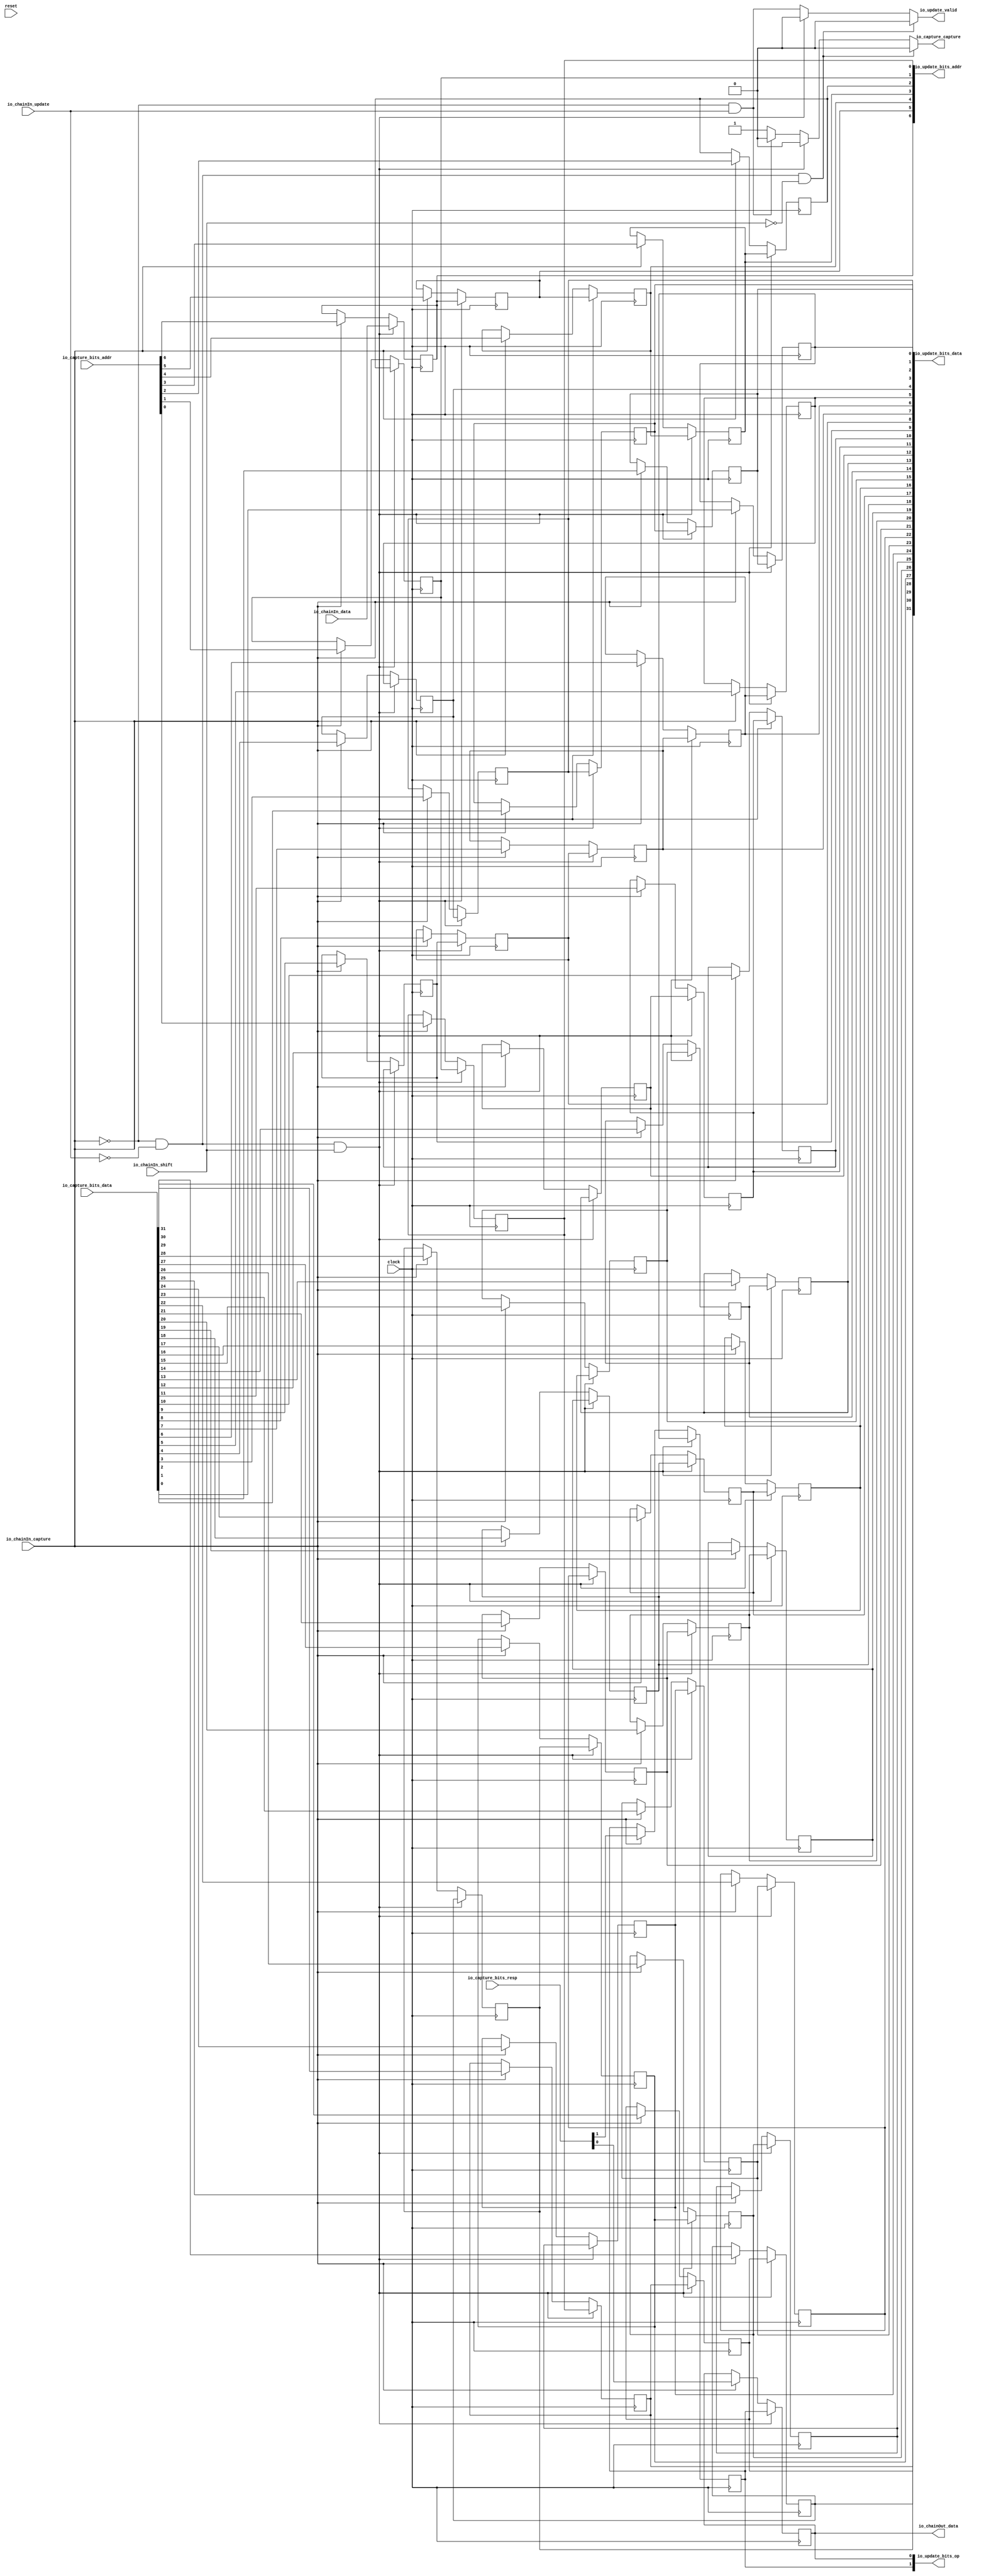
// Copyright (c) 2017, Microsemi Corporation
// All rights reserved.
//
// Redistribution and use in source and binary forms, with or without
// modification, are permitted provided that the following conditions are met:
//     * Redistributions of source code must retain the above copyright
//       notice, this list of conditions and the following disclaimer.
//     * Redistributions in binary form must reproduce the above copyright
//       notice, this list of conditions and the following disclaimer in the
//       documentation and/or other materials provided with the distribution.
//     * Neither the name of the <organization> nor the
//       names of its contributors may be used to endorse or promote products
//       derived from this software without specific prior written permission.
//
// THIS SOFTWARE IS PROVIDED BY THE COPYRIGHT HOLDERS AND CONTRIBUTORS "AS IS" AND
// ANY EXPRESS OR IMPLIED WARRANTIES, INCLUDING, BUT NOT LIMITED TO, THE IMPLIED
// WARRANTIES OF MERCHANTABILITY AND FITNESS FOR A PARTICULAR PURPOSE ARE
// DISCLAIMED. IN NO EVENT SHALL MICROSEMI CORPORATIONM BE LIABLE FOR ANY
// DIRECT, INDIRECT, INCIDENTAL, SPECIAL, EXEMPLARY, OR CONSEQUENTIAL DAMAGES
// (INCLUDING, BUT NOT LIMITED TO, PROCUREMENT OF SUBSTITUTE GOODS OR SERVICES;
// LOSS OF USE, DATA, OR PROFITS; OR BUSINESS INTERRUPTION) HOWEVER CAUSED AND
// ON ANY THEORY OF LIABILITY, WHETHER IN CONTRACT, STRICT LIABILITY, OR TORT
// (INCLUDING NEGLIGENCE OR OTHERWISE) ARISING IN ANY WAY OUT OF THE USE OF THIS
// SOFTWARE, EVEN IF ADVISED OF THE POSSIBILITY OF SUCH DAMAGE.
//
// APACHE LICENSE
// Copyright (c) 2017, Microsemi Corporation 
//
// Licensed under the Apache License, Version 2.0 (the "License");
// you may not use this file except in compliance with the License.
// You may obtain a copy of the License at
//
//    http://www.apache.org/licenses/LICENSE-2.0
//
// Unless required by applicable law or agreed to in writing, software
// distributed under the License is distributed on an "AS IS" BASIS,
// WITHOUT WARRANTIES OR CONDITIONS OF ANY KIND, either express or implied.
// See the License for the specific language governing permissions and
// limitations under the License.
//
// Description:
//
// SVN Revision Information:
// SVN $Revision: $
// SVN $Date: $
//
// Resolved SARs
// SAR      Date     Who   Description
//
// Notes:
//
// ****************************************************************************/
`define RANDOMIZE
`timescale 1ns/10ps
module PROC_SUBSYSTEM_MIV_RV32IMA_L1_AHB_0_MIV_RV32IMA_L1_AHB_CAPTURE_UPDATE_CHAIN_1(
  input         clock,
  input         reset,
  input         io_chainIn_shift,
  input         io_chainIn_data,
  input         io_chainIn_capture,
  input         io_chainIn_update,
  output        io_chainOut_data,
  input  [6:0]  io_capture_bits_addr,
  input  [31:0] io_capture_bits_data,
  input  [1:0]  io_capture_bits_resp,
  output        io_capture_capture,
  output        io_update_valid,
  output [6:0]  io_update_bits_addr,
  output [31:0] io_update_bits_data,
  output [1:0]  io_update_bits_op
);
  reg  regs_0;
  reg [31:0] _RAND_0;
  reg  regs_1;
  reg [31:0] _RAND_1;
  reg  regs_2;
  reg [31:0] _RAND_2;
  reg  regs_3;
  reg [31:0] _RAND_3;
  reg  regs_4;
  reg [31:0] _RAND_4;
  reg  regs_5;
  reg [31:0] _RAND_5;
  reg  regs_6;
  reg [31:0] _RAND_6;
  reg  regs_7;
  reg [31:0] _RAND_7;
  reg  regs_8;
  reg [31:0] _RAND_8;
  reg  regs_9;
  reg [31:0] _RAND_9;
  reg  regs_10;
  reg [31:0] _RAND_10;
  reg  regs_11;
  reg [31:0] _RAND_11;
  reg  regs_12;
  reg [31:0] _RAND_12;
  reg  regs_13;
  reg [31:0] _RAND_13;
  reg  regs_14;
  reg [31:0] _RAND_14;
  reg  regs_15;
  reg [31:0] _RAND_15;
  reg  regs_16;
  reg [31:0] _RAND_16;
  reg  regs_17;
  reg [31:0] _RAND_17;
  reg  regs_18;
  reg [31:0] _RAND_18;
  reg  regs_19;
  reg [31:0] _RAND_19;
  reg  regs_20;
  reg [31:0] _RAND_20;
  reg  regs_21;
  reg [31:0] _RAND_21;
  reg  regs_22;
  reg [31:0] _RAND_22;
  reg  regs_23;
  reg [31:0] _RAND_23;
  reg  regs_24;
  reg [31:0] _RAND_24;
  reg  regs_25;
  reg [31:0] _RAND_25;
  reg  regs_26;
  reg [31:0] _RAND_26;
  reg  regs_27;
  reg [31:0] _RAND_27;
  reg  regs_28;
  reg [31:0] _RAND_28;
  reg  regs_29;
  reg [31:0] _RAND_29;
  reg  regs_30;
  reg [31:0] _RAND_30;
  reg  regs_31;
  reg [31:0] _RAND_31;
  reg  regs_32;
  reg [31:0] _RAND_32;
  reg  regs_33;
  reg [31:0] _RAND_33;
  reg  regs_34;
  reg [31:0] _RAND_34;
  reg  regs_35;
  reg [31:0] _RAND_35;
  reg  regs_36;
  reg [31:0] _RAND_36;
  reg  regs_37;
  reg [31:0] _RAND_37;
  reg  regs_38;
  reg [31:0] _RAND_38;
  reg  regs_39;
  reg [31:0] _RAND_39;
  reg  regs_40;
  reg [31:0] _RAND_40;
  wire [1:0] _T_48;
  wire [1:0] _T_49;
  wire [2:0] _T_50;
  wire [4:0] _T_51;
  wire [1:0] _T_52;
  wire [1:0] _T_53;
  wire [2:0] _T_54;
  wire [4:0] _T_55;
  wire [9:0] _T_56;
  wire [1:0] _T_57;
  wire [1:0] _T_58;
  wire [2:0] _T_59;
  wire [4:0] _T_60;
  wire [1:0] _T_61;
  wire [1:0] _T_62;
  wire [2:0] _T_63;
  wire [4:0] _T_64;
  wire [9:0] _T_65;
  wire [19:0] _T_66;
  wire [1:0] _T_67;
  wire [1:0] _T_68;
  wire [2:0] _T_69;
  wire [4:0] _T_70;
  wire [1:0] _T_71;
  wire [1:0] _T_72;
  wire [2:0] _T_73;
  wire [4:0] _T_74;
  wire [9:0] _T_75;
  wire [1:0] _T_76;
  wire [1:0] _T_77;
  wire [2:0] _T_78;
  wire [4:0] _T_79;
  wire [1:0] _T_80;
  wire [2:0] _T_81;
  wire [1:0] _T_82;
  wire [2:0] _T_83;
  wire [5:0] _T_84;
  wire [10:0] _T_85;
  wire [20:0] _T_86;
  wire [40:0] _T_87;
  wire [1:0] _T_92;
  wire [31:0] _T_93;
  wire [6:0] _T_94;
  wire [38:0] _T_95;
  wire [40:0] captureBits;
  wire  _T_96;
  wire  _T_97;
  wire  _T_98;
  wire  _T_99;
  wire  _T_100;
  wire  _T_101;
  wire  _T_102;
  wire  _T_103;
  wire  _T_104;
  wire  _T_105;
  wire  _T_106;
  wire  _T_107;
  wire  _T_108;
  wire  _T_109;
  wire  _T_110;
  wire  _T_111;
  wire  _T_112;
  wire  _T_113;
  wire  _T_114;
  wire  _T_115;
  wire  _T_116;
  wire  _T_117;
  wire  _T_118;
  wire  _T_119;
  wire  _T_120;
  wire  _T_121;
  wire  _T_122;
  wire  _T_123;
  wire  _T_124;
  wire  _T_125;
  wire  _T_126;
  wire  _T_127;
  wire  _T_128;
  wire  _T_129;
  wire  _T_130;
  wire  _T_131;
  wire  _T_132;
  wire  _T_133;
  wire  _T_134;
  wire  _T_135;
  wire  _T_136;
  wire  _GEN_0;
  wire  _GEN_1;
  wire  _GEN_2;
  wire  _GEN_3;
  wire  _GEN_4;
  wire  _GEN_5;
  wire  _GEN_6;
  wire  _GEN_7;
  wire  _GEN_8;
  wire  _GEN_9;
  wire  _GEN_10;
  wire  _GEN_11;
  wire  _GEN_12;
  wire  _GEN_13;
  wire  _GEN_14;
  wire  _GEN_15;
  wire  _GEN_16;
  wire  _GEN_17;
  wire  _GEN_18;
  wire  _GEN_19;
  wire  _GEN_20;
  wire  _GEN_21;
  wire  _GEN_22;
  wire  _GEN_23;
  wire  _GEN_24;
  wire  _GEN_25;
  wire  _GEN_26;
  wire  _GEN_27;
  wire  _GEN_28;
  wire  _GEN_29;
  wire  _GEN_30;
  wire  _GEN_31;
  wire  _GEN_32;
  wire  _GEN_33;
  wire  _GEN_34;
  wire  _GEN_35;
  wire  _GEN_36;
  wire  _GEN_37;
  wire  _GEN_38;
  wire  _GEN_39;
  wire  _GEN_40;
  wire  _T_140;
  wire  _T_141;
  wire  _GEN_43;
  wire  _T_147;
  wire  _T_148;
  wire  _T_149;
  wire  _GEN_45;
  wire  _GEN_46;
  wire  _GEN_47;
  wire  _GEN_48;
  wire  _GEN_49;
  wire  _GEN_50;
  wire  _GEN_51;
  wire  _GEN_52;
  wire  _GEN_53;
  wire  _GEN_54;
  wire  _GEN_55;
  wire  _GEN_56;
  wire  _GEN_57;
  wire  _GEN_58;
  wire  _GEN_59;
  wire  _GEN_60;
  wire  _GEN_61;
  wire  _GEN_62;
  wire  _GEN_63;
  wire  _GEN_64;
  wire  _GEN_65;
  wire  _GEN_66;
  wire  _GEN_67;
  wire  _GEN_68;
  wire  _GEN_69;
  wire  _GEN_70;
  wire  _GEN_71;
  wire  _GEN_72;
  wire  _GEN_73;
  wire  _GEN_74;
  wire  _GEN_75;
  wire  _GEN_76;
  wire  _GEN_77;
  wire  _GEN_78;
  wire  _GEN_79;
  wire  _GEN_80;
  wire  _GEN_81;
  wire  _GEN_82;
  wire  _GEN_83;
  wire  _GEN_84;
  wire  _GEN_85;
  wire  _GEN_86;
  wire  _GEN_87;
  wire  _T_158;
  wire  _T_159;
  wire  _GEN_88;
  wire  _GEN_89;
  wire  _T_162;
  wire  _T_164;
  wire  _T_165;
  wire  _T_167;
  wire  _T_168;
  wire  _T_169;
  wire  _T_171;
  wire  _T_172;
  wire  _T_173;
  wire  _T_175;
  assign io_chainOut_data = regs_0;
  assign io_capture_capture = _GEN_88;
  assign io_update_valid = _GEN_89;
  assign io_update_bits_addr = _T_94;
  assign io_update_bits_data = _T_93;
  assign io_update_bits_op = _T_92;
  assign _T_48 = {regs_1,regs_0};
  assign _T_49 = {regs_4,regs_3};
  assign _T_50 = {_T_49,regs_2};
  assign _T_51 = {_T_50,_T_48};
  assign _T_52 = {regs_6,regs_5};
  assign _T_53 = {regs_9,regs_8};
  assign _T_54 = {_T_53,regs_7};
  assign _T_55 = {_T_54,_T_52};
  assign _T_56 = {_T_55,_T_51};
  assign _T_57 = {regs_11,regs_10};
  assign _T_58 = {regs_14,regs_13};
  assign _T_59 = {_T_58,regs_12};
  assign _T_60 = {_T_59,_T_57};
  assign _T_61 = {regs_16,regs_15};
  assign _T_62 = {regs_19,regs_18};
  assign _T_63 = {_T_62,regs_17};
  assign _T_64 = {_T_63,_T_61};
  assign _T_65 = {_T_64,_T_60};
  assign _T_66 = {_T_65,_T_56};
  assign _T_67 = {regs_21,regs_20};
  assign _T_68 = {regs_24,regs_23};
  assign _T_69 = {_T_68,regs_22};
  assign _T_70 = {_T_69,_T_67};
  assign _T_71 = {regs_26,regs_25};
  assign _T_72 = {regs_29,regs_28};
  assign _T_73 = {_T_72,regs_27};
  assign _T_74 = {_T_73,_T_71};
  assign _T_75 = {_T_74,_T_70};
  assign _T_76 = {regs_31,regs_30};
  assign _T_77 = {regs_34,regs_33};
  assign _T_78 = {_T_77,regs_32};
  assign _T_79 = {_T_78,_T_76};
  assign _T_80 = {regs_37,regs_36};
  assign _T_81 = {_T_80,regs_35};
  assign _T_82 = {regs_40,regs_39};
  assign _T_83 = {_T_82,regs_38};
  assign _T_84 = {_T_83,_T_81};
  assign _T_85 = {_T_84,_T_79};
  assign _T_86 = {_T_85,_T_75};
  assign _T_87 = {_T_86,_T_66};
  assign _T_92 = _T_87[1:0];
  assign _T_93 = _T_87[33:2];
  assign _T_94 = _T_87[40:34];
  assign _T_95 = {io_capture_bits_addr,io_capture_bits_data};
  assign captureBits = {_T_95,io_capture_bits_resp};
  assign _T_96 = captureBits[0];
  assign _T_97 = captureBits[1];
  assign _T_98 = captureBits[2];
  assign _T_99 = captureBits[3];
  assign _T_100 = captureBits[4];
  assign _T_101 = captureBits[5];
  assign _T_102 = captureBits[6];
  assign _T_103 = captureBits[7];
  assign _T_104 = captureBits[8];
  assign _T_105 = captureBits[9];
  assign _T_106 = captureBits[10];
  assign _T_107 = captureBits[11];
  assign _T_108 = captureBits[12];
  assign _T_109 = captureBits[13];
  assign _T_110 = captureBits[14];
  assign _T_111 = captureBits[15];
  assign _T_112 = captureBits[16];
  assign _T_113 = captureBits[17];
  assign _T_114 = captureBits[18];
  assign _T_115 = captureBits[19];
  assign _T_116 = captureBits[20];
  assign _T_117 = captureBits[21];
  assign _T_118 = captureBits[22];
  assign _T_119 = captureBits[23];
  assign _T_120 = captureBits[24];
  assign _T_121 = captureBits[25];
  assign _T_122 = captureBits[26];
  assign _T_123 = captureBits[27];
  assign _T_124 = captureBits[28];
  assign _T_125 = captureBits[29];
  assign _T_126 = captureBits[30];
  assign _T_127 = captureBits[31];
  assign _T_128 = captureBits[32];
  assign _T_129 = captureBits[33];
  assign _T_130 = captureBits[34];
  assign _T_131 = captureBits[35];
  assign _T_132 = captureBits[36];
  assign _T_133 = captureBits[37];
  assign _T_134 = captureBits[38];
  assign _T_135 = captureBits[39];
  assign _T_136 = captureBits[40];
  assign _GEN_0 = io_chainIn_capture ? _T_96 : regs_0;
  assign _GEN_1 = io_chainIn_capture ? _T_97 : regs_1;
  assign _GEN_2 = io_chainIn_capture ? _T_98 : regs_2;
  assign _GEN_3 = io_chainIn_capture ? _T_99 : regs_3;
  assign _GEN_4 = io_chainIn_capture ? _T_100 : regs_4;
  assign _GEN_5 = io_chainIn_capture ? _T_101 : regs_5;
  assign _GEN_6 = io_chainIn_capture ? _T_102 : regs_6;
  assign _GEN_7 = io_chainIn_capture ? _T_103 : regs_7;
  assign _GEN_8 = io_chainIn_capture ? _T_104 : regs_8;
  assign _GEN_9 = io_chainIn_capture ? _T_105 : regs_9;
  assign _GEN_10 = io_chainIn_capture ? _T_106 : regs_10;
  assign _GEN_11 = io_chainIn_capture ? _T_107 : regs_11;
  assign _GEN_12 = io_chainIn_capture ? _T_108 : regs_12;
  assign _GEN_13 = io_chainIn_capture ? _T_109 : regs_13;
  assign _GEN_14 = io_chainIn_capture ? _T_110 : regs_14;
  assign _GEN_15 = io_chainIn_capture ? _T_111 : regs_15;
  assign _GEN_16 = io_chainIn_capture ? _T_112 : regs_16;
  assign _GEN_17 = io_chainIn_capture ? _T_113 : regs_17;
  assign _GEN_18 = io_chainIn_capture ? _T_114 : regs_18;
  assign _GEN_19 = io_chainIn_capture ? _T_115 : regs_19;
  assign _GEN_20 = io_chainIn_capture ? _T_116 : regs_20;
  assign _GEN_21 = io_chainIn_capture ? _T_117 : regs_21;
  assign _GEN_22 = io_chainIn_capture ? _T_118 : regs_22;
  assign _GEN_23 = io_chainIn_capture ? _T_119 : regs_23;
  assign _GEN_24 = io_chainIn_capture ? _T_120 : regs_24;
  assign _GEN_25 = io_chainIn_capture ? _T_121 : regs_25;
  assign _GEN_26 = io_chainIn_capture ? _T_122 : regs_26;
  assign _GEN_27 = io_chainIn_capture ? _T_123 : regs_27;
  assign _GEN_28 = io_chainIn_capture ? _T_124 : regs_28;
  assign _GEN_29 = io_chainIn_capture ? _T_125 : regs_29;
  assign _GEN_30 = io_chainIn_capture ? _T_126 : regs_30;
  assign _GEN_31 = io_chainIn_capture ? _T_127 : regs_31;
  assign _GEN_32 = io_chainIn_capture ? _T_128 : regs_32;
  assign _GEN_33 = io_chainIn_capture ? _T_129 : regs_33;
  assign _GEN_34 = io_chainIn_capture ? _T_130 : regs_34;
  assign _GEN_35 = io_chainIn_capture ? _T_131 : regs_35;
  assign _GEN_36 = io_chainIn_capture ? _T_132 : regs_36;
  assign _GEN_37 = io_chainIn_capture ? _T_133 : regs_37;
  assign _GEN_38 = io_chainIn_capture ? _T_134 : regs_38;
  assign _GEN_39 = io_chainIn_capture ? _T_135 : regs_39;
  assign _GEN_40 = io_chainIn_capture ? _T_136 : regs_40;
  assign _T_140 = io_chainIn_capture == 1'h0;
  assign _T_141 = _T_140 & io_chainIn_update;
  assign _GEN_43 = _T_141 ? 1'h0 : 1'h1;
  assign _T_147 = io_chainIn_update == 1'h0;
  assign _T_148 = _T_140 & _T_147;
  assign _T_149 = _T_148 & io_chainIn_shift;
  assign _GEN_45 = _T_149 ? io_chainIn_data : _GEN_40;
  assign _GEN_46 = _T_149 ? regs_1 : _GEN_0;
  assign _GEN_47 = _T_149 ? regs_2 : _GEN_1;
  assign _GEN_48 = _T_149 ? regs_3 : _GEN_2;
  assign _GEN_49 = _T_149 ? regs_4 : _GEN_3;
  assign _GEN_50 = _T_149 ? regs_5 : _GEN_4;
  assign _GEN_51 = _T_149 ? regs_6 : _GEN_5;
  assign _GEN_52 = _T_149 ? regs_7 : _GEN_6;
  assign _GEN_53 = _T_149 ? regs_8 : _GEN_7;
  assign _GEN_54 = _T_149 ? regs_9 : _GEN_8;
  assign _GEN_55 = _T_149 ? regs_10 : _GEN_9;
  assign _GEN_56 = _T_149 ? regs_11 : _GEN_10;
  assign _GEN_57 = _T_149 ? regs_12 : _GEN_11;
  assign _GEN_58 = _T_149 ? regs_13 : _GEN_12;
  assign _GEN_59 = _T_149 ? regs_14 : _GEN_13;
  assign _GEN_60 = _T_149 ? regs_15 : _GEN_14;
  assign _GEN_61 = _T_149 ? regs_16 : _GEN_15;
  assign _GEN_62 = _T_149 ? regs_17 : _GEN_16;
  assign _GEN_63 = _T_149 ? regs_18 : _GEN_17;
  assign _GEN_64 = _T_149 ? regs_19 : _GEN_18;
  assign _GEN_65 = _T_149 ? regs_20 : _GEN_19;
  assign _GEN_66 = _T_149 ? regs_21 : _GEN_20;
  assign _GEN_67 = _T_149 ? regs_22 : _GEN_21;
  assign _GEN_68 = _T_149 ? regs_23 : _GEN_22;
  assign _GEN_69 = _T_149 ? regs_24 : _GEN_23;
  assign _GEN_70 = _T_149 ? regs_25 : _GEN_24;
  assign _GEN_71 = _T_149 ? regs_26 : _GEN_25;
  assign _GEN_72 = _T_149 ? regs_27 : _GEN_26;
  assign _GEN_73 = _T_149 ? regs_28 : _GEN_27;
  assign _GEN_74 = _T_149 ? regs_29 : _GEN_28;
  assign _GEN_75 = _T_149 ? regs_30 : _GEN_29;
  assign _GEN_76 = _T_149 ? regs_31 : _GEN_30;
  assign _GEN_77 = _T_149 ? regs_32 : _GEN_31;
  assign _GEN_78 = _T_149 ? regs_33 : _GEN_32;
  assign _GEN_79 = _T_149 ? regs_34 : _GEN_33;
  assign _GEN_80 = _T_149 ? regs_35 : _GEN_34;
  assign _GEN_81 = _T_149 ? regs_36 : _GEN_35;
  assign _GEN_82 = _T_149 ? regs_37 : _GEN_36;
  assign _GEN_83 = _T_149 ? regs_38 : _GEN_37;
  assign _GEN_84 = _T_149 ? regs_39 : _GEN_38;
  assign _GEN_85 = _T_149 ? regs_40 : _GEN_39;
  assign _GEN_86 = _T_149 ? 1'h0 : _GEN_43;
  assign _GEN_87 = _T_149 ? 1'h0 : _T_141;
  assign _T_158 = io_chainIn_shift == 1'h0;
  assign _T_159 = _T_148 & _T_158;
  assign _GEN_88 = _T_159 ? 1'h0 : _GEN_86;
  assign _GEN_89 = _T_159 ? 1'h0 : _GEN_87;
  assign _T_162 = io_chainIn_capture & io_chainIn_update;
  assign _T_164 = _T_162 == 1'h0;
  assign _T_165 = io_chainIn_capture & io_chainIn_shift;
  assign _T_167 = _T_165 == 1'h0;
  assign _T_168 = _T_164 & _T_167;
  assign _T_169 = io_chainIn_update & io_chainIn_shift;
  assign _T_171 = _T_169 == 1'h0;
  assign _T_172 = _T_168 & _T_171;
  assign _T_173 = _T_172 | reset;
  assign _T_175 = _T_173 == 1'h0;
`ifdef RANDOMIZE
  integer initvar;
  initial begin
    `ifndef verilator
      #0.002 begin end
    `endif
  `ifdef RANDOMIZE_REG_INIT
  _RAND_0 = {1{$random}};
  regs_0 = _RAND_0[0:0];
  `endif // RANDOMIZE_REG_INIT
  `ifdef RANDOMIZE_REG_INIT
  _RAND_1 = {1{$random}};
  regs_1 = _RAND_1[0:0];
  `endif // RANDOMIZE_REG_INIT
  `ifdef RANDOMIZE_REG_INIT
  _RAND_2 = {1{$random}};
  regs_2 = _RAND_2[0:0];
  `endif // RANDOMIZE_REG_INIT
  `ifdef RANDOMIZE_REG_INIT
  _RAND_3 = {1{$random}};
  regs_3 = _RAND_3[0:0];
  `endif // RANDOMIZE_REG_INIT
  `ifdef RANDOMIZE_REG_INIT
  _RAND_4 = {1{$random}};
  regs_4 = _RAND_4[0:0];
  `endif // RANDOMIZE_REG_INIT
  `ifdef RANDOMIZE_REG_INIT
  _RAND_5 = {1{$random}};
  regs_5 = _RAND_5[0:0];
  `endif // RANDOMIZE_REG_INIT
  `ifdef RANDOMIZE_REG_INIT
  _RAND_6 = {1{$random}};
  regs_6 = _RAND_6[0:0];
  `endif // RANDOMIZE_REG_INIT
  `ifdef RANDOMIZE_REG_INIT
  _RAND_7 = {1{$random}};
  regs_7 = _RAND_7[0:0];
  `endif // RANDOMIZE_REG_INIT
  `ifdef RANDOMIZE_REG_INIT
  _RAND_8 = {1{$random}};
  regs_8 = _RAND_8[0:0];
  `endif // RANDOMIZE_REG_INIT
  `ifdef RANDOMIZE_REG_INIT
  _RAND_9 = {1{$random}};
  regs_9 = _RAND_9[0:0];
  `endif // RANDOMIZE_REG_INIT
  `ifdef RANDOMIZE_REG_INIT
  _RAND_10 = {1{$random}};
  regs_10 = _RAND_10[0:0];
  `endif // RANDOMIZE_REG_INIT
  `ifdef RANDOMIZE_REG_INIT
  _RAND_11 = {1{$random}};
  regs_11 = _RAND_11[0:0];
  `endif // RANDOMIZE_REG_INIT
  `ifdef RANDOMIZE_REG_INIT
  _RAND_12 = {1{$random}};
  regs_12 = _RAND_12[0:0];
  `endif // RANDOMIZE_REG_INIT
  `ifdef RANDOMIZE_REG_INIT
  _RAND_13 = {1{$random}};
  regs_13 = _RAND_13[0:0];
  `endif // RANDOMIZE_REG_INIT
  `ifdef RANDOMIZE_REG_INIT
  _RAND_14 = {1{$random}};
  regs_14 = _RAND_14[0:0];
  `endif // RANDOMIZE_REG_INIT
  `ifdef RANDOMIZE_REG_INIT
  _RAND_15 = {1{$random}};
  regs_15 = _RAND_15[0:0];
  `endif // RANDOMIZE_REG_INIT
  `ifdef RANDOMIZE_REG_INIT
  _RAND_16 = {1{$random}};
  regs_16 = _RAND_16[0:0];
  `endif // RANDOMIZE_REG_INIT
  `ifdef RANDOMIZE_REG_INIT
  _RAND_17 = {1{$random}};
  regs_17 = _RAND_17[0:0];
  `endif // RANDOMIZE_REG_INIT
  `ifdef RANDOMIZE_REG_INIT
  _RAND_18 = {1{$random}};
  regs_18 = _RAND_18[0:0];
  `endif // RANDOMIZE_REG_INIT
  `ifdef RANDOMIZE_REG_INIT
  _RAND_19 = {1{$random}};
  regs_19 = _RAND_19[0:0];
  `endif // RANDOMIZE_REG_INIT
  `ifdef RANDOMIZE_REG_INIT
  _RAND_20 = {1{$random}};
  regs_20 = _RAND_20[0:0];
  `endif // RANDOMIZE_REG_INIT
  `ifdef RANDOMIZE_REG_INIT
  _RAND_21 = {1{$random}};
  regs_21 = _RAND_21[0:0];
  `endif // RANDOMIZE_REG_INIT
  `ifdef RANDOMIZE_REG_INIT
  _RAND_22 = {1{$random}};
  regs_22 = _RAND_22[0:0];
  `endif // RANDOMIZE_REG_INIT
  `ifdef RANDOMIZE_REG_INIT
  _RAND_23 = {1{$random}};
  regs_23 = _RAND_23[0:0];
  `endif // RANDOMIZE_REG_INIT
  `ifdef RANDOMIZE_REG_INIT
  _RAND_24 = {1{$random}};
  regs_24 = _RAND_24[0:0];
  `endif // RANDOMIZE_REG_INIT
  `ifdef RANDOMIZE_REG_INIT
  _RAND_25 = {1{$random}};
  regs_25 = _RAND_25[0:0];
  `endif // RANDOMIZE_REG_INIT
  `ifdef RANDOMIZE_REG_INIT
  _RAND_26 = {1{$random}};
  regs_26 = _RAND_26[0:0];
  `endif // RANDOMIZE_REG_INIT
  `ifdef RANDOMIZE_REG_INIT
  _RAND_27 = {1{$random}};
  regs_27 = _RAND_27[0:0];
  `endif // RANDOMIZE_REG_INIT
  `ifdef RANDOMIZE_REG_INIT
  _RAND_28 = {1{$random}};
  regs_28 = _RAND_28[0:0];
  `endif // RANDOMIZE_REG_INIT
  `ifdef RANDOMIZE_REG_INIT
  _RAND_29 = {1{$random}};
  regs_29 = _RAND_29[0:0];
  `endif // RANDOMIZE_REG_INIT
  `ifdef RANDOMIZE_REG_INIT
  _RAND_30 = {1{$random}};
  regs_30 = _RAND_30[0:0];
  `endif // RANDOMIZE_REG_INIT
  `ifdef RANDOMIZE_REG_INIT
  _RAND_31 = {1{$random}};
  regs_31 = _RAND_31[0:0];
  `endif // RANDOMIZE_REG_INIT
  `ifdef RANDOMIZE_REG_INIT
  _RAND_32 = {1{$random}};
  regs_32 = _RAND_32[0:0];
  `endif // RANDOMIZE_REG_INIT
  `ifdef RANDOMIZE_REG_INIT
  _RAND_33 = {1{$random}};
  regs_33 = _RAND_33[0:0];
  `endif // RANDOMIZE_REG_INIT
  `ifdef RANDOMIZE_REG_INIT
  _RAND_34 = {1{$random}};
  regs_34 = _RAND_34[0:0];
  `endif // RANDOMIZE_REG_INIT
  `ifdef RANDOMIZE_REG_INIT
  _RAND_35 = {1{$random}};
  regs_35 = _RAND_35[0:0];
  `endif // RANDOMIZE_REG_INIT
  `ifdef RANDOMIZE_REG_INIT
  _RAND_36 = {1{$random}};
  regs_36 = _RAND_36[0:0];
  `endif // RANDOMIZE_REG_INIT
  `ifdef RANDOMIZE_REG_INIT
  _RAND_37 = {1{$random}};
  regs_37 = _RAND_37[0:0];
  `endif // RANDOMIZE_REG_INIT
  `ifdef RANDOMIZE_REG_INIT
  _RAND_38 = {1{$random}};
  regs_38 = _RAND_38[0:0];
  `endif // RANDOMIZE_REG_INIT
  `ifdef RANDOMIZE_REG_INIT
  _RAND_39 = {1{$random}};
  regs_39 = _RAND_39[0:0];
  `endif // RANDOMIZE_REG_INIT
  `ifdef RANDOMIZE_REG_INIT
  _RAND_40 = {1{$random}};
  regs_40 = _RAND_40[0:0];
  `endif // RANDOMIZE_REG_INIT
  end
`endif // RANDOMIZE
  always @(posedge clock) begin
    if (_T_149) begin
      regs_0 <= regs_1;
    end else begin
      if (io_chainIn_capture) begin
        regs_0 <= _T_96;
      end
    end
    if (_T_149) begin
      regs_1 <= regs_2;
    end else begin
      if (io_chainIn_capture) begin
        regs_1 <= _T_97;
      end
    end
    if (_T_149) begin
      regs_2 <= regs_3;
    end else begin
      if (io_chainIn_capture) begin
        regs_2 <= _T_98;
      end
    end
    if (_T_149) begin
      regs_3 <= regs_4;
    end else begin
      if (io_chainIn_capture) begin
        regs_3 <= _T_99;
      end
    end
    if (_T_149) begin
      regs_4 <= regs_5;
    end else begin
      if (io_chainIn_capture) begin
        regs_4 <= _T_100;
      end
    end
    if (_T_149) begin
      regs_5 <= regs_6;
    end else begin
      if (io_chainIn_capture) begin
        regs_5 <= _T_101;
      end
    end
    if (_T_149) begin
      regs_6 <= regs_7;
    end else begin
      if (io_chainIn_capture) begin
        regs_6 <= _T_102;
      end
    end
    if (_T_149) begin
      regs_7 <= regs_8;
    end else begin
      if (io_chainIn_capture) begin
        regs_7 <= _T_103;
      end
    end
    if (_T_149) begin
      regs_8 <= regs_9;
    end else begin
      if (io_chainIn_capture) begin
        regs_8 <= _T_104;
      end
    end
    if (_T_149) begin
      regs_9 <= regs_10;
    end else begin
      if (io_chainIn_capture) begin
        regs_9 <= _T_105;
      end
    end
    if (_T_149) begin
      regs_10 <= regs_11;
    end else begin
      if (io_chainIn_capture) begin
        regs_10 <= _T_106;
      end
    end
    if (_T_149) begin
      regs_11 <= regs_12;
    end else begin
      if (io_chainIn_capture) begin
        regs_11 <= _T_107;
      end
    end
    if (_T_149) begin
      regs_12 <= regs_13;
    end else begin
      if (io_chainIn_capture) begin
        regs_12 <= _T_108;
      end
    end
    if (_T_149) begin
      regs_13 <= regs_14;
    end else begin
      if (io_chainIn_capture) begin
        regs_13 <= _T_109;
      end
    end
    if (_T_149) begin
      regs_14 <= regs_15;
    end else begin
      if (io_chainIn_capture) begin
        regs_14 <= _T_110;
      end
    end
    if (_T_149) begin
      regs_15 <= regs_16;
    end else begin
      if (io_chainIn_capture) begin
        regs_15 <= _T_111;
      end
    end
    if (_T_149) begin
      regs_16 <= regs_17;
    end else begin
      if (io_chainIn_capture) begin
        regs_16 <= _T_112;
      end
    end
    if (_T_149) begin
      regs_17 <= regs_18;
    end else begin
      if (io_chainIn_capture) begin
        regs_17 <= _T_113;
      end
    end
    if (_T_149) begin
      regs_18 <= regs_19;
    end else begin
      if (io_chainIn_capture) begin
        regs_18 <= _T_114;
      end
    end
    if (_T_149) begin
      regs_19 <= regs_20;
    end else begin
      if (io_chainIn_capture) begin
        regs_19 <= _T_115;
      end
    end
    if (_T_149) begin
      regs_20 <= regs_21;
    end else begin
      if (io_chainIn_capture) begin
        regs_20 <= _T_116;
      end
    end
    if (_T_149) begin
      regs_21 <= regs_22;
    end else begin
      if (io_chainIn_capture) begin
        regs_21 <= _T_117;
      end
    end
    if (_T_149) begin
      regs_22 <= regs_23;
    end else begin
      if (io_chainIn_capture) begin
        regs_22 <= _T_118;
      end
    end
    if (_T_149) begin
      regs_23 <= regs_24;
    end else begin
      if (io_chainIn_capture) begin
        regs_23 <= _T_119;
      end
    end
    if (_T_149) begin
      regs_24 <= regs_25;
    end else begin
      if (io_chainIn_capture) begin
        regs_24 <= _T_120;
      end
    end
    if (_T_149) begin
      regs_25 <= regs_26;
    end else begin
      if (io_chainIn_capture) begin
        regs_25 <= _T_121;
      end
    end
    if (_T_149) begin
      regs_26 <= regs_27;
    end else begin
      if (io_chainIn_capture) begin
        regs_26 <= _T_122;
      end
    end
    if (_T_149) begin
      regs_27 <= regs_28;
    end else begin
      if (io_chainIn_capture) begin
        regs_27 <= _T_123;
      end
    end
    if (_T_149) begin
      regs_28 <= regs_29;
    end else begin
      if (io_chainIn_capture) begin
        regs_28 <= _T_124;
      end
    end
    if (_T_149) begin
      regs_29 <= regs_30;
    end else begin
      if (io_chainIn_capture) begin
        regs_29 <= _T_125;
      end
    end
    if (_T_149) begin
      regs_30 <= regs_31;
    end else begin
      if (io_chainIn_capture) begin
        regs_30 <= _T_126;
      end
    end
    if (_T_149) begin
      regs_31 <= regs_32;
    end else begin
      if (io_chainIn_capture) begin
        regs_31 <= _T_127;
      end
    end
    if (_T_149) begin
      regs_32 <= regs_33;
    end else begin
      if (io_chainIn_capture) begin
        regs_32 <= _T_128;
      end
    end
    if (_T_149) begin
      regs_33 <= regs_34;
    end else begin
      if (io_chainIn_capture) begin
        regs_33 <= _T_129;
      end
    end
    if (_T_149) begin
      regs_34 <= regs_35;
    end else begin
      if (io_chainIn_capture) begin
        regs_34 <= _T_130;
      end
    end
    if (_T_149) begin
      regs_35 <= regs_36;
    end else begin
      if (io_chainIn_capture) begin
        regs_35 <= _T_131;
      end
    end
    if (_T_149) begin
      regs_36 <= regs_37;
    end else begin
      if (io_chainIn_capture) begin
        regs_36 <= _T_132;
      end
    end
    if (_T_149) begin
      regs_37 <= regs_38;
    end else begin
      if (io_chainIn_capture) begin
        regs_37 <= _T_133;
      end
    end
    if (_T_149) begin
      regs_38 <= regs_39;
    end else begin
      if (io_chainIn_capture) begin
        regs_38 <= _T_134;
      end
    end
    if (_T_149) begin
      regs_39 <= regs_40;
    end else begin
      if (io_chainIn_capture) begin
        regs_39 <= _T_135;
      end
    end
    if (_T_149) begin
      regs_40 <= io_chainIn_data;
    end else begin
      if (io_chainIn_capture) begin
        regs_40 <= _T_136;
      end
    end
    `ifndef SYNTHESIS
    `ifdef PRINTF_COND
      if (`PRINTF_COND) begin
    `endif
        if (_T_175) begin
          $fwrite(32'h80000002,"Assertion failed\n    at JtagShifter.scala:174 assert(!(io.chainIn.capture && io.chainIn.update)\n");
        end
    `ifdef PRINTF_COND
      end
    `endif
    `endif // SYNTHESIS
    `ifndef SYNTHESIS
    `ifdef STOP_COND
      if (`STOP_COND) begin
    `endif
        if (_T_175) begin
          $fatal;
        end
    `ifdef STOP_COND
      end
    `endif
    `endif // SYNTHESIS
  end
endmodule